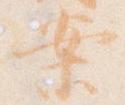
案